Lunatic asylums Punjab 1868-1880 - 1868-1880
Year: 1868
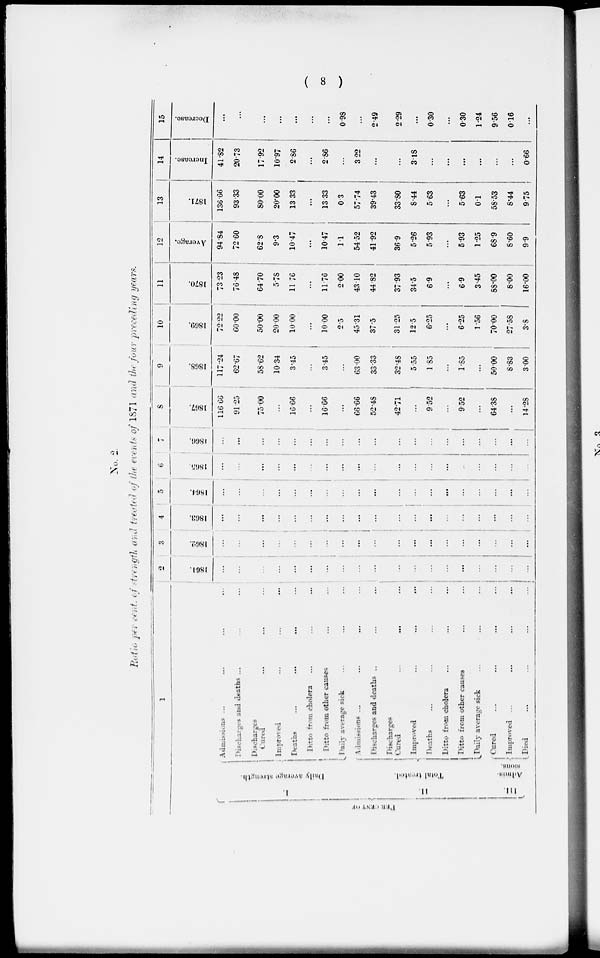
( 8 )
No. 2.
Ratio per cent. of strength and treated of the events of 1871 and the four preceding years.
1
PERCENT OF
1.
Daily average although.
11.
Total treated.
III.
Admis-
sions.
Admissions ... ... ... ...
Discharges and deaths ... ... ...
Discharges
Cured ... ... ...
Improved
...
...
...
Deaths... ... ... ...
Ditto from cholera... ... ...
Ditto from other causes ... ...
Daily average sick ... ... ...
Admissions ...
...
... ...
Discharges and deaths .. ... ...
Discharges
Cured ... ... ...
Improved
...
...
...
...
Deaths
...
...
...
...
Ditto from cholera
...
...
...
Ditto from other causes ... ...
Daily average sick
...
...
...
Cured
...
...
...
...
Improved ...
...
...
...
Died
...
...
...
...
2
1861.
...
...
...
...
...
...
...
...
...
...
...
...
...
...
...
...
...
...
...
3
1862.
...
...
...
...
...
...
...
...
...
...
...
...
...
...
...
...
...
...
...
4
1863.
...
...
...
...
...
...
...
...
...
...
...
...
...
...
...
...
...
...
...
5
1864.
...
...
...
...
...
...
...
...
...
...
...
...
...
...
...
...
...
...
...
6
1865.
...
...
...
...
...
...
...
...
...
...
...
...
...
...
...
...
...
...
...
7
1866.
...
...
...
...
...
...
...
...
...
...
...
...
...
...
...
...
...
...
...
8
1867.
116.66
91.25
75.00
...
16.66
...
16.66
...
66.66
52.48
42.71
...
9.52
...
9.52
...
64.38
...
14.28
9
1868.
117.24
62.67
58.62
10.34
3.45
...
3.45
...
63.00
33.33
32.48
5.55
1.85
...
1.85
...
50.00
8.83
3.00
10
1869.
72.22
60.00
50.00
20.00
10.00
...
10.00
2.5
45.31
37.5
31.25
12.5
6.25
...
6.25
1.56
70.00
27.58
3.8
11
1870.
73.23
76.48
64.70
5.75
11.76
...
11.76
2.00
43.10
44.82
37.93
34.5
6.9
...
6.9
3.45
88.00
8.00
16.00
12
Average.
94.84
72.60
62.8
9.3
10.47
...
10.47
11
54.52
41.92
36.9
5.26
5.93
...
5.93
1.25
68.9
8.60
9.9
13
1871.
136.66
93.33
80.00
20.00
13.33
...
13.33
0.3
57.74
39.43
33.80
8.44
5.63
...
5.63
0.1
58.53
8.44
9.75
14
Increase.
41.82
20.73
17.92
10.97
2.86
...
2.86
...
3.22
...
...
3.18
...
...
...
...
...
...
0.66
15
Decrease.
...
...
...
...
...
...
...
0.98
...
2.49
2.29
...
0.30
...
0.30
1.24
9.56
0.16
...